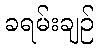
ခရမ်းချဉ်